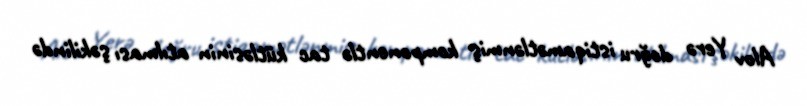
Alov Yerə doğru istiqamətlənmiş komponentlə tac kütləsinin atılması şəkilində